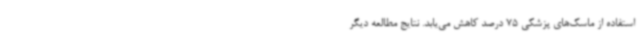
استفاده از ماسک‌های پزشکی 75 درصد کاهش می‌یابد. نتایج مطالعه دیگر